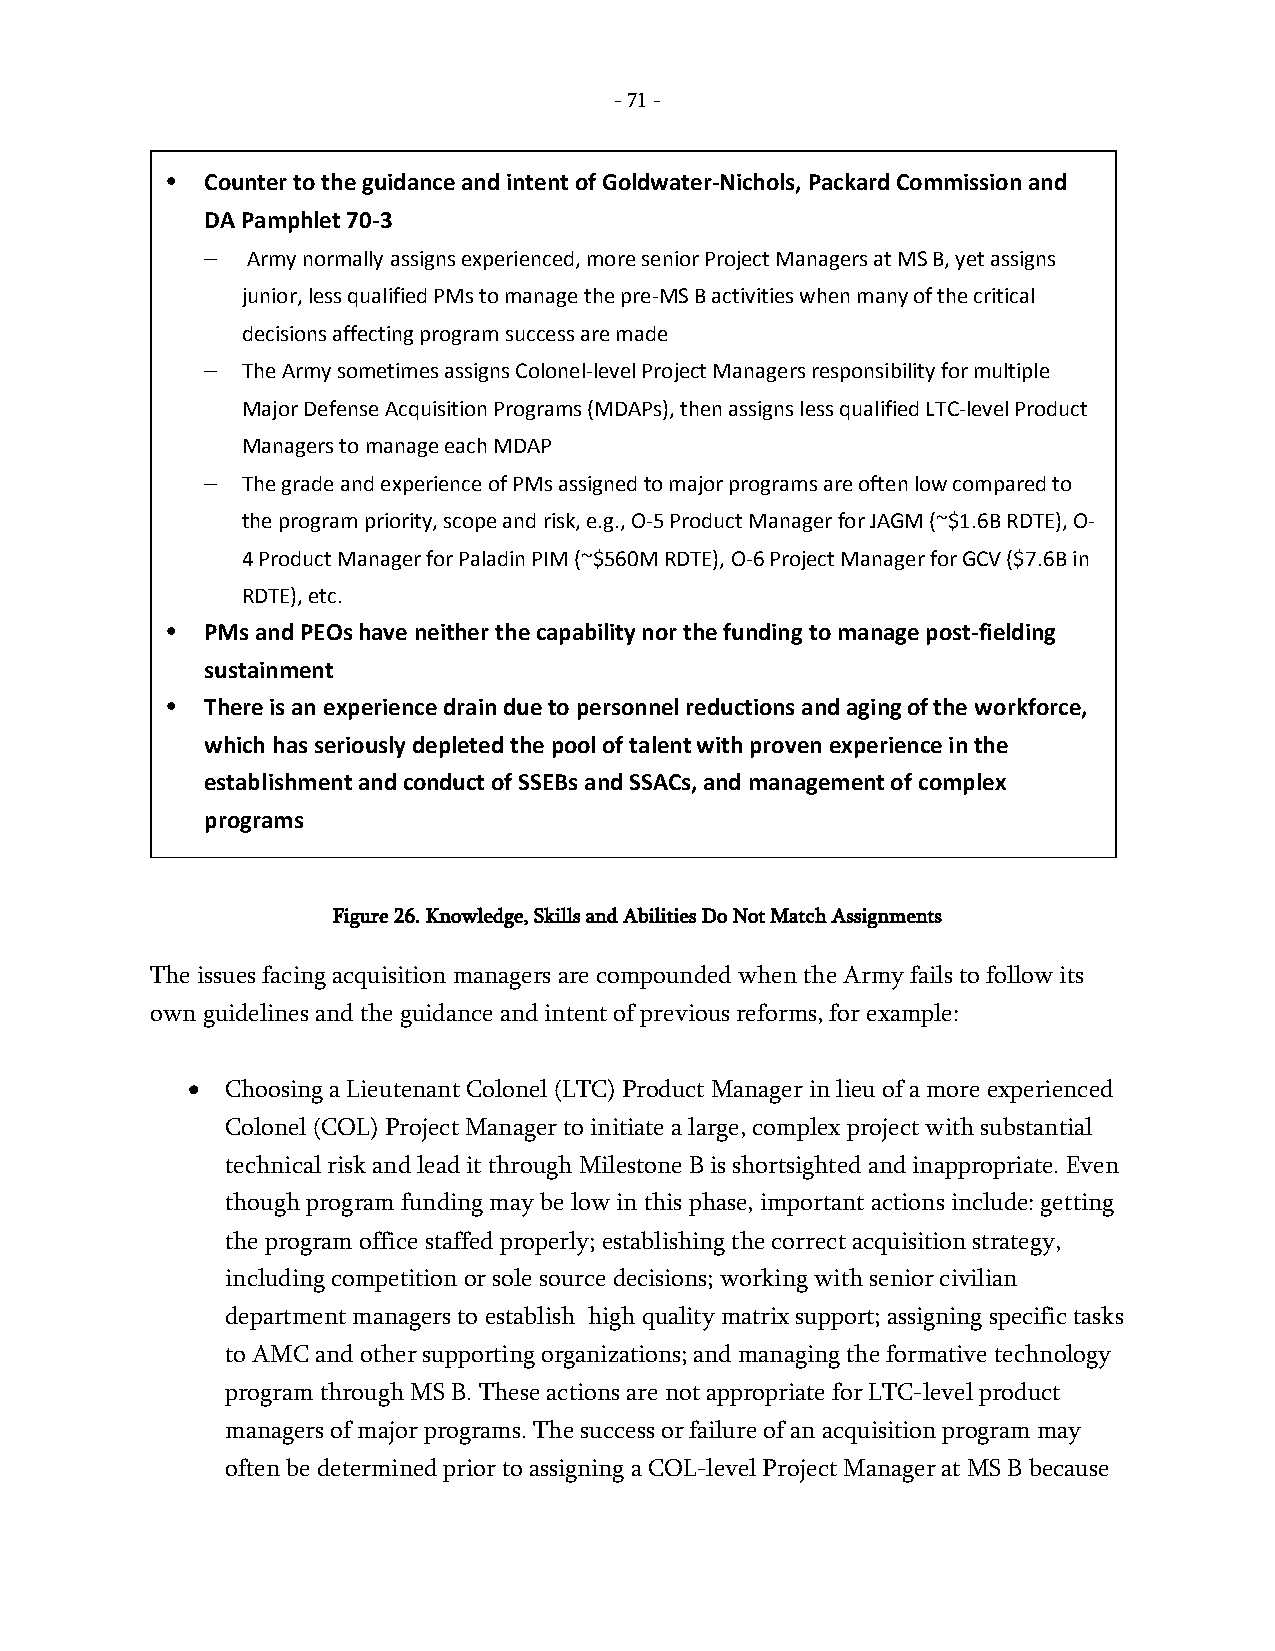
- 71 -
 •  Counter to the guidance and intent of Goldwater-Nichols, Packard Commission and
 DA Pamphlet 70-3
 – Army normally assigns experienced, more senior Project Managers at MS B, yet assigns
 junior, less qualified PMs to manage the pre-MS B activities when many of the critical
 decisions affecting program success are made
 – The Army sometimes assigns Colonel-level Project Managers responsibility for multiple
 Major Defense Acquisition Programs (MDAPs), then assigns less qualified LTC-level Product
 Managers to manage each MDAP
 – The grade and experience of PMs assigned to major programs are often low compared to
 the program priority, scope and risk, e.g., O-5 Product Manager for JAGM (~$1.6B RDTE), O-
 4 Product Manager for Paladin PIM (~$560M RDTE), O-6 Project Manager for GCV ($7.6B in
 RDTE), etc.
 •  PMs and PEOs have neither the capability nor the funding to manage post-fielding
 sustainment
 •  There is an experience drain due to personnel reductions and aging of the workforce,
 which has seriously depleted the pool of talent with proven experience in the
 establishment and conduct of SSEBs and SSACs, and management of complex
 programs
 Figure 26. Knowledge, Skills and Abilities Do Not Match Assignments
 The issues facing acquisition managers are compounded when the Army fails to follow its
 own guidelines and the guidance and intent of previous reforms, for example:
 •  Choosing a Lieutenant Colonel (LTC) Product Manager in lieu of a more experienced
 Colonel (COL) Project Manager to initiate a large, complex project with substantial
 technical risk and lead it through Milestone B is shortsighted and inappropriate. Even
 though program funding may be low in this phase, important actions include: getting
 the program office staffed properly; establishing the correct acquisition strategy,
 including competition or sole source decisions; working with senior civilian
 department managers to establish high quality matrix support; assigning specific tasks
 to AMC and other supporting organizations; and managing the formative technology
 program through MS B. These actions are not appropriate for LTC-level product
 managers of major programs. The success or failure of an acquisition program may
 often be determined prior to assigning a COL-level Project Manager at MS B because
 -
 71
 -